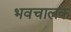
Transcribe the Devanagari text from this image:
भवचालक